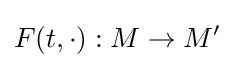
F(t,\cdot ):M\to M'